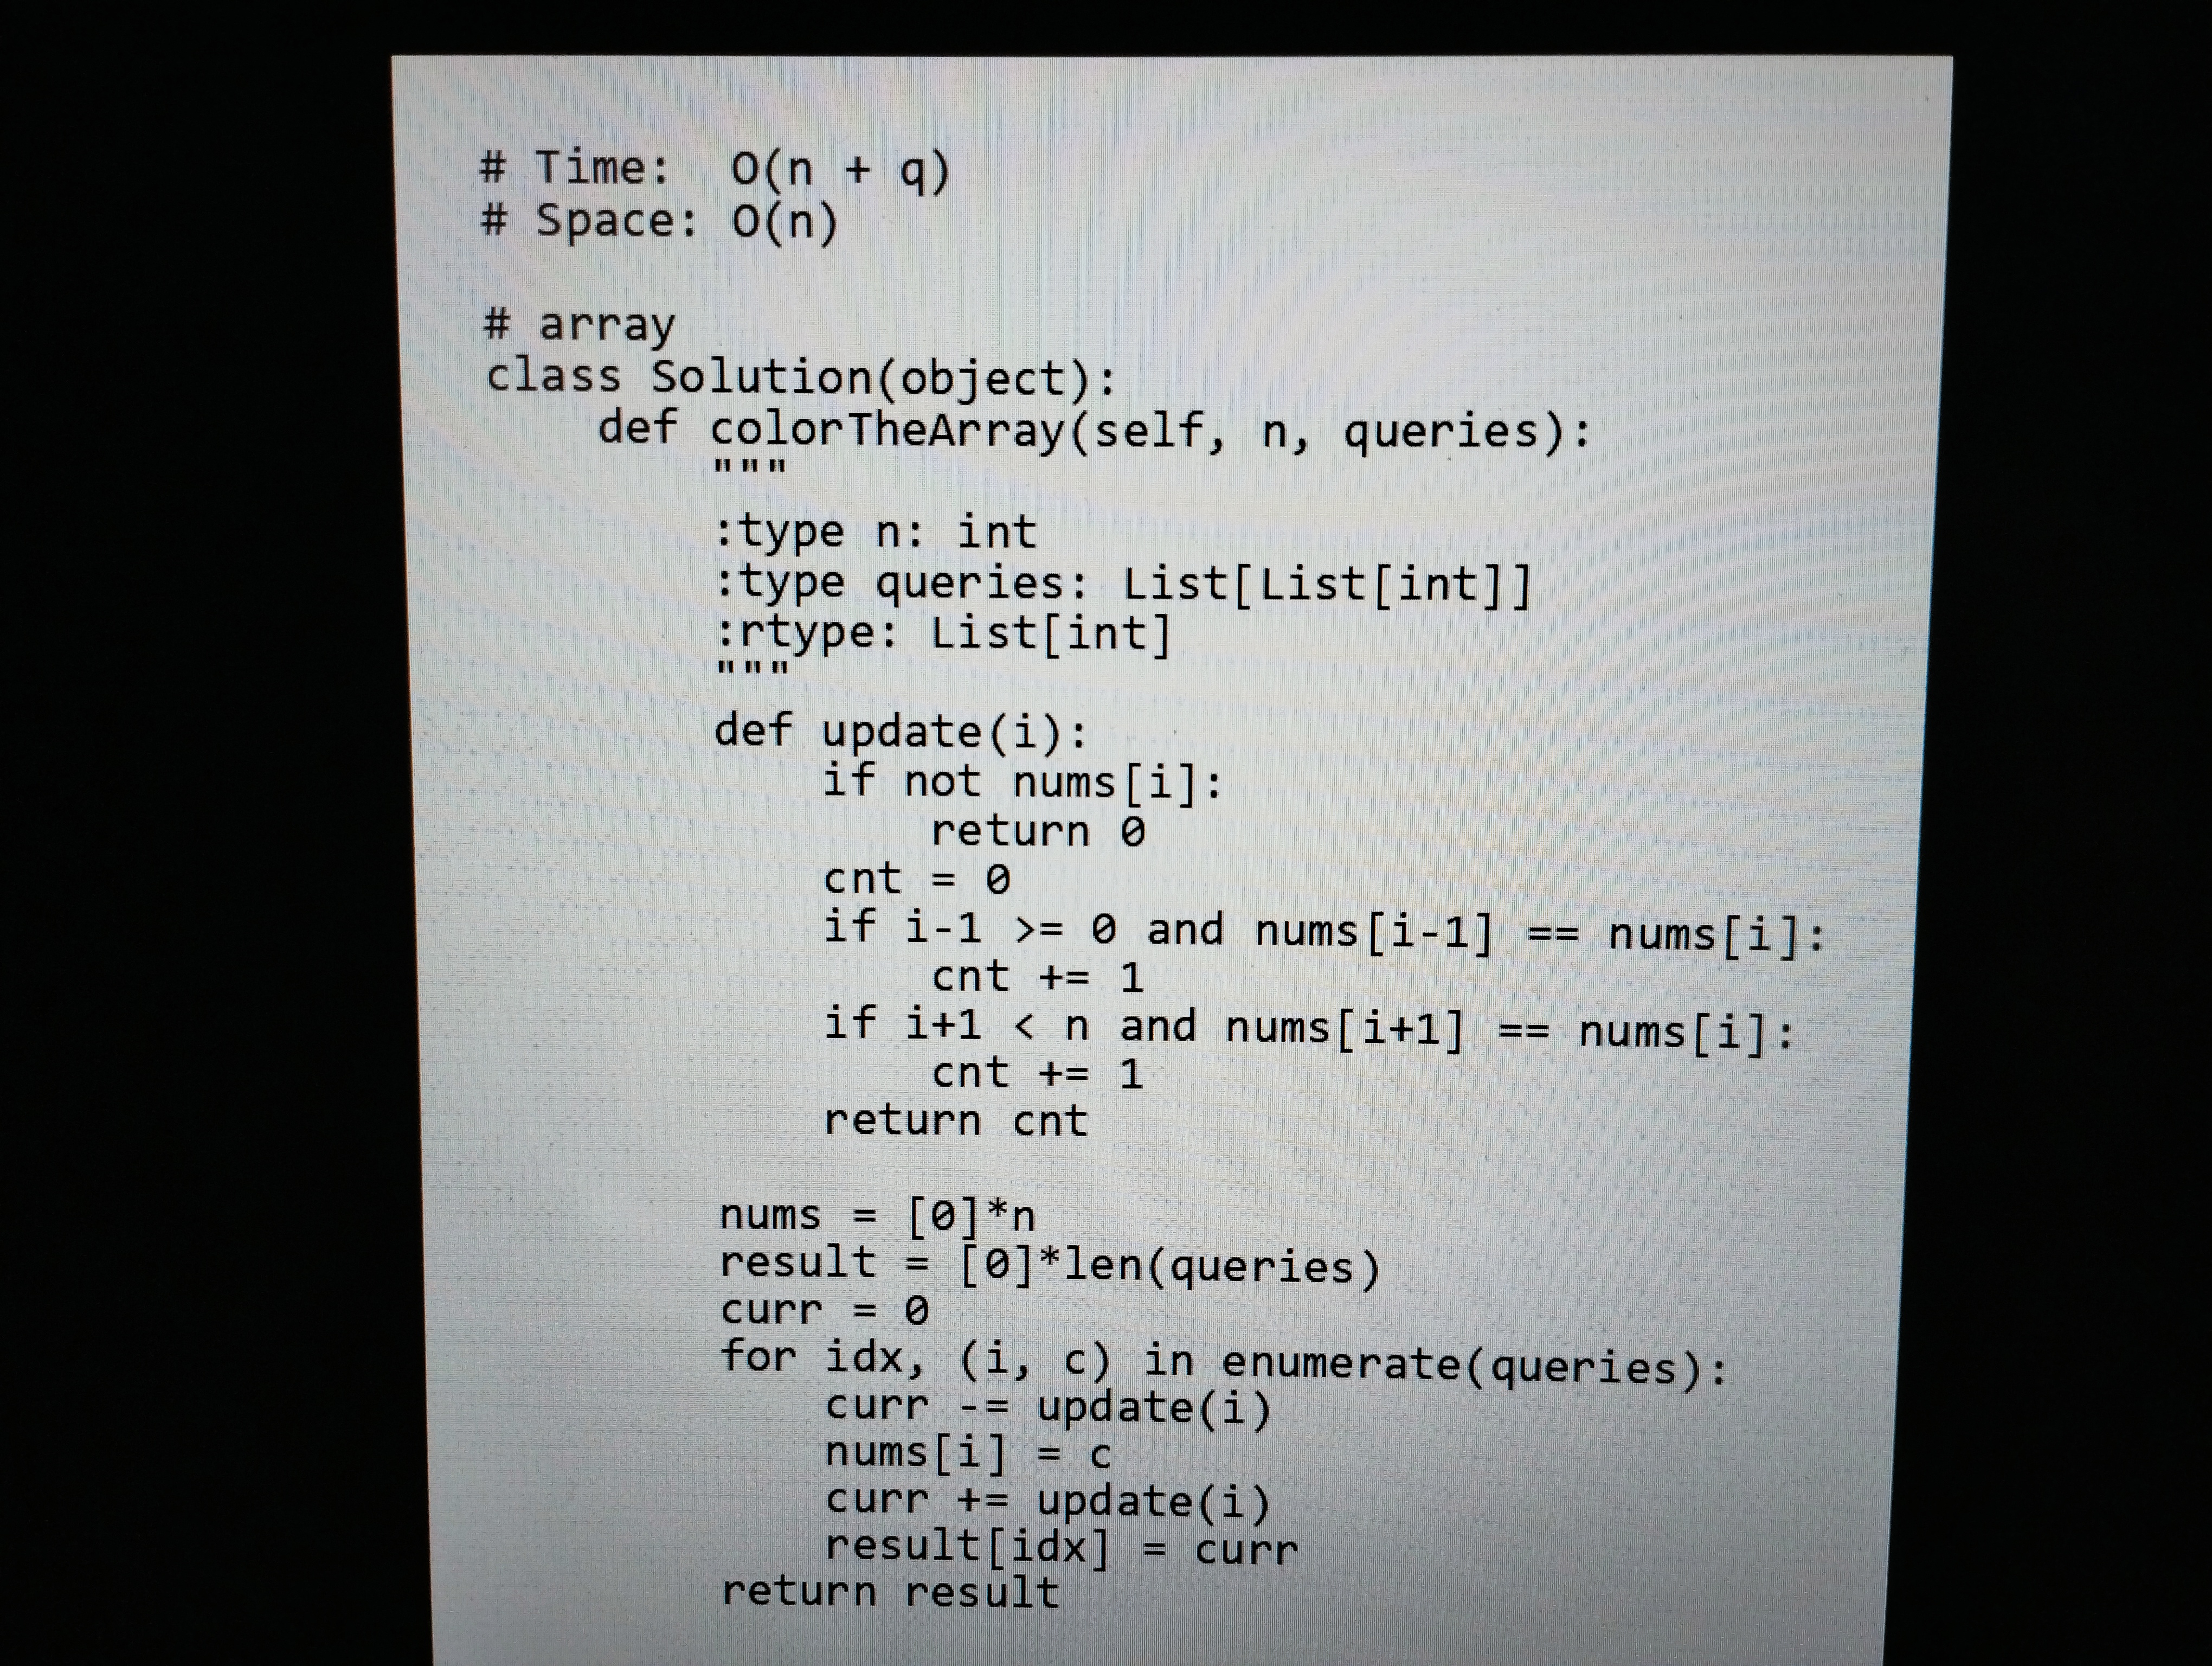
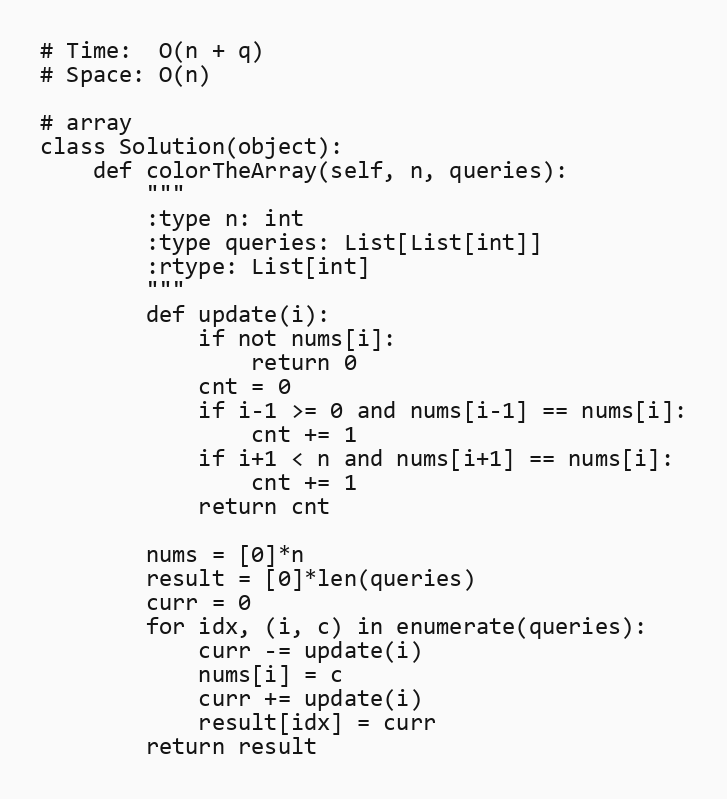
# Time:  O(n + q)
# Space: O(n)

# array
class Solution(object):
    def colorTheArray(self, n, queries):
        """
        :type n: int
        :type queries: List[List[int]]
        :rtype: List[int]
        """
        def update(i):
            if not nums[i]:
                return 0
            cnt = 0
            if i-1 >= 0 and nums[i-1] == nums[i]:
                cnt += 1
            if i+1 < n and nums[i+1] == nums[i]:
                cnt += 1
            return cnt

        nums = [0]*n
        result = [0]*len(queries)
        curr = 0
        for idx, (i, c) in enumerate(queries):
            curr -= update(i)
            nums[i] = c
            curr += update(i)
            result[idx] = curr
        return result